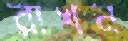
রাখন